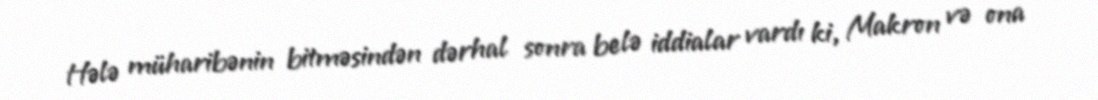
Hələ müharibənin bitməsindən dərhal sonra belə iddialar vardı ki, Makron və ona